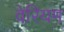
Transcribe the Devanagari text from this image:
वेरियम